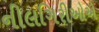
નીલગિરીઓએ